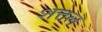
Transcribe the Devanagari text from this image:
शत्तल